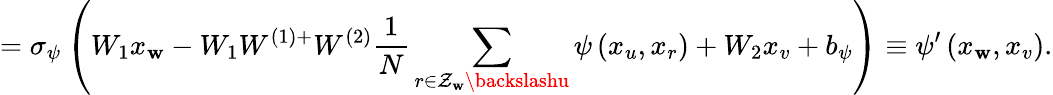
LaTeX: =\sigma_{\psi}\left(W_{1}x_{\mathbf{w}}-W_{1}W^{(1)+}W^{(2)}\frac{{1}}{{N}}\sum_{r\in\mathcal{{Z}}_{\mathbf{w}}\backslashu}\psi\left(x_{u},x_{r}\right)+W_{2}x_{v}+b_{\psi}\right)\equiv\psi^{\prime}\left(x_{\mathbf{w}},x_{v}\right).